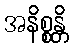
အနိစ္စန္တိ